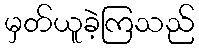
မှတ်ယူခဲ့ကြသည်